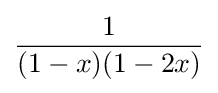
{\frac {1}{(1-x)(1-2x)}}